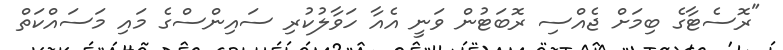
"ރޮސެޓާގެ ބިމަށް ޖެއްސި ރޮބަޓުން ވަނީ އެއާ ހަވާލުކުރި ސައިންސްގެ މައި މަސައްކަތް